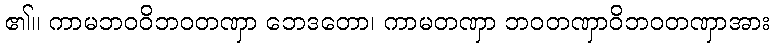
၏။ ကာမဘဝဝိဘဝတဏှာ ဘေဒတော၊ ကာမတဏှာ ဘဝတဏှာဝိဘဝတဏှာအား